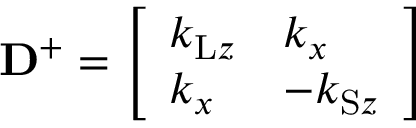
\mathbf { D } ^ { + } = \left[ \begin{array} { l l } { k _ { \mathrm { L } z } } & { k _ { x } } \\ { k _ { x } } & { - k _ { \mathrm { S } z } } \end{array} \right]